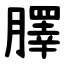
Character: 䐾